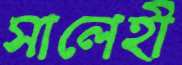
সালেহী